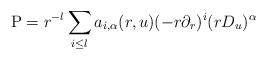
LaTeX: \begin{align*} \operatorname{P}=r^{-l}\sum\limits_{i\leq l}a_{i,\alpha}(r,u)(-r\partial_{r})^{i}(rD_u)^{\alpha}\end{align*}